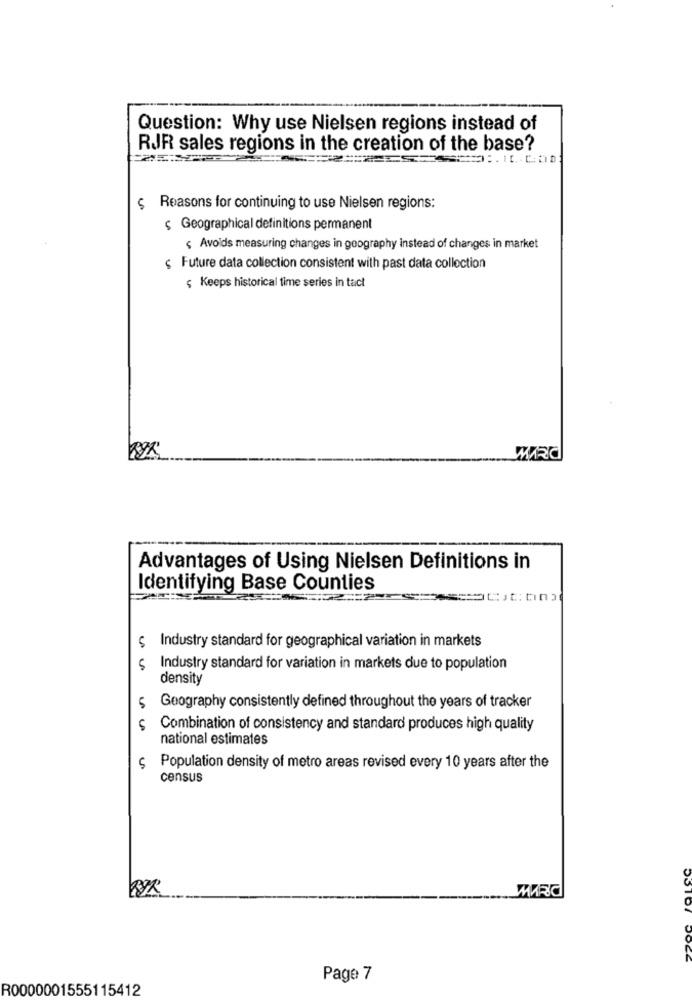
Question: Why use Nielsen regions instead of
RJR sales regions in the creation of the base?
$ Reasons for continuing to use Nielsen regions:
s Geographical definitions permanent
< Avolds measuring changes in geography instead of changes in market
s Future data collection consistent with past data collection
Keeps historical time series in tact
WIRd
Advantages of Using Nielsen Definitions in
Identifying Base Counties
Industry standard for geographical variation in markets
Industry standard for variation in markets due to population
density
$ Geography consistently defined throughout the years of tracker
Combination of consistency and standard produces high quality
national estimates
Population density of metro areas revised every 10 years after the
census
MARC
Page 7
R0000001555115412